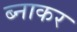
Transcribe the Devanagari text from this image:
ब्नाकर